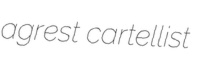
agrest cartellist